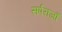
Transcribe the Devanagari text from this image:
सर्पराजों